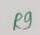
Text: R9